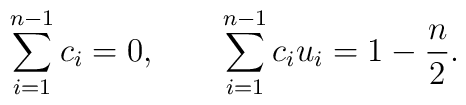
\sum_{i=1}^{n-1}c_i=0,\qquad \sum_{i=1}^{n-1}c_iu_i=1-{n\over 2}.